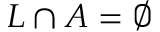
L \cap A = \emptyset